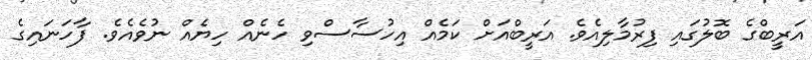
އަރީބްގެ ބޮލުގައި ފިރުމާލިއެވެ. އަރީބްއަށް ކަމެއް އިހުސާސްވި ހެނެއް ހިޔެއް ނުވެއެވެ. ފާހަނައިގެ